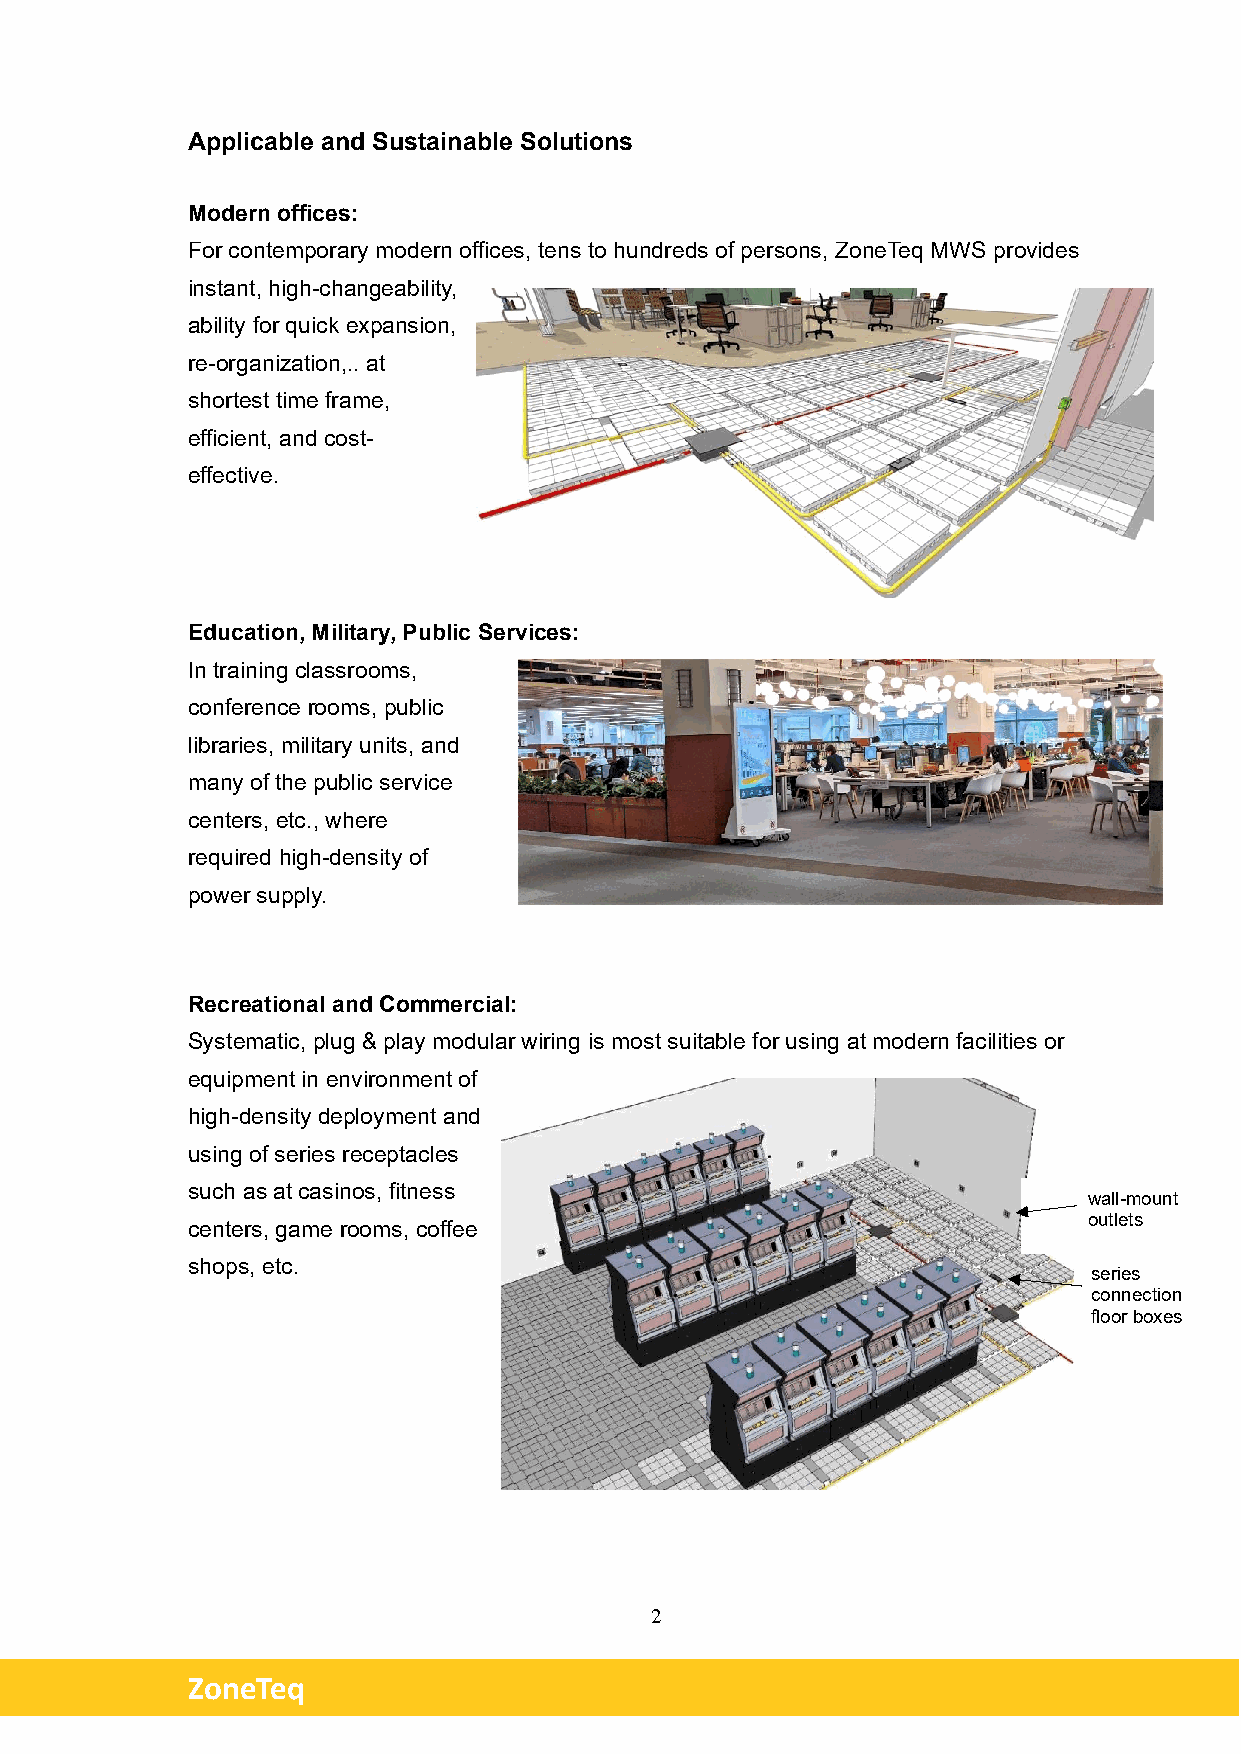
Applicable and Sustainable Solutions
 Modern offices:
 For contemporary modern offices, tens to hundreds of persons, ZoneTeq MWS provides
 instant, high-changeability,
 ability for quick expansion,
 re-organization,.. at
 shortest time frame,
 efficient, and cost-
 effective.
 Education, Military, Public Services:
 In training classrooms,
 conference rooms, public
 libraries, military units, and
 many of the public service
 centers, etc., where
 required high-density of
 power supply.
 Recreational and Commercial:
 Systematic, plug & play modular wiring is most suitable for using at modern facilities or
 equipment in environment of
 high-density deployment and
 using of series receptacles
 such as at casinos, fitness
 wall-mount
 outlets
 centers, game rooms, coffee
 shops, etc.
 series
 connection
 floor boxes
 2
 ZoneTeq